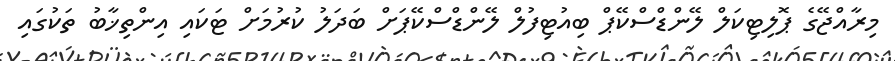
މިރާއްޖޭގެ ޕޮލިޓިކަލް ލޭންޑްސްކޭޕް ބިއުޓިފުލް ލޭންޑްސްކޭޕަށް ބަދަލު ކުރުމަށް ޓަކައި އިންތިޚާބު ތަކުގައި